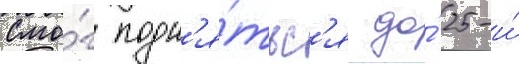
Смо́г подн'я́тьс'я до́ 25-и́